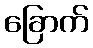
ခြောက်